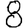
Digit: 8